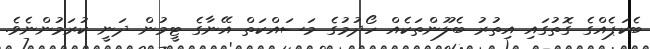
ބެކަޕެއްގެ ގޮތުގައި އިތުރު ބެލޫންތަކެއް ހޯދުމުގެ މަސައްކަތް އޭނާގެ ޓީމުން ދަނީ ކުރަމުންނެވެ.